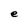
Character: e